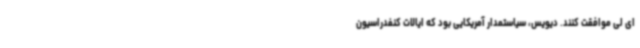
ای لی موافقت کنند. دیویس، سیاستمدار آمریکایی بود که ایالات کنفدراسیون